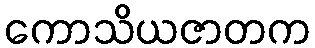
ကောသိယဇာတက